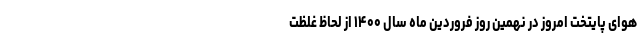
هوای پایتخت امروز در نهمین روز فروردین ماه سال ۱۴۰۰ از لحاظ غلظت